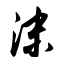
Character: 沫